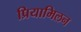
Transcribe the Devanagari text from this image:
प्रियामिलन